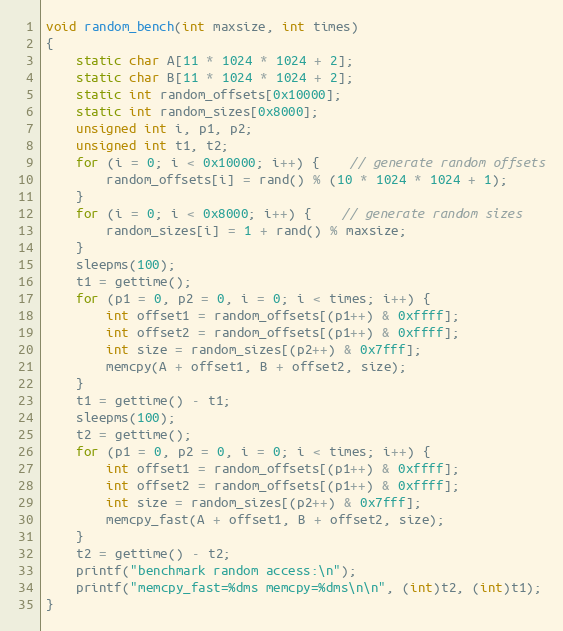
Language: C
void random_bench(int maxsize, int times)
{
	static char A[11 * 1024 * 1024 + 2];
	static char B[11 * 1024 * 1024 + 2];
	static int random_offsets[0x10000];
	static int random_sizes[0x8000];
	unsigned int i, p1, p2;
	unsigned int t1, t2;
	for (i = 0; i < 0x10000; i++) {	// generate random offsets
		random_offsets[i] = rand() % (10 * 1024 * 1024 + 1);
	}
	for (i = 0; i < 0x8000; i++) {	// generate random sizes
		random_sizes[i] = 1 + rand() % maxsize;
	}
	sleepms(100);
	t1 = gettime();
	for (p1 = 0, p2 = 0, i = 0; i < times; i++) {
		int offset1 = random_offsets[(p1++) & 0xffff];
		int offset2 = random_offsets[(p1++) & 0xffff];
		int size = random_sizes[(p2++) & 0x7fff];
		memcpy(A + offset1, B + offset2, size);
	}
	t1 = gettime() - t1;
	sleepms(100);
	t2 = gettime();
	for (p1 = 0, p2 = 0, i = 0; i < times; i++) {
		int offset1 = random_offsets[(p1++) & 0xffff];
		int offset2 = random_offsets[(p1++) & 0xffff];
		int size = random_sizes[(p2++) & 0x7fff];
		memcpy_fast(A + offset1, B + offset2, size);
	}
	t2 = gettime() - t2;
	printf("benchmark random access:\n");
	printf("memcpy_fast=%dms memcpy=%dms\n\n", (int)t2, (int)t1);
}